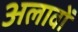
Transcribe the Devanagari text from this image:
अलावों